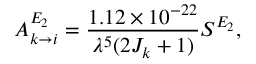
A _ { k \rightarrow i } ^ { E _ { 2 } } = \frac { 1 . 1 2 \times 1 0 ^ { - 2 2 } } { \lambda ^ { 5 } ( 2 J _ { k } + 1 ) } S ^ { E _ { 2 } } ,